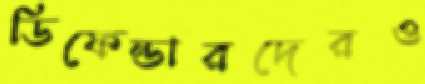
ডিফেন্ডারদেরও